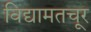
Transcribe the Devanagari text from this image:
विद्यामतचूर